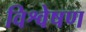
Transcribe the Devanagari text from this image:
विश्वेषण